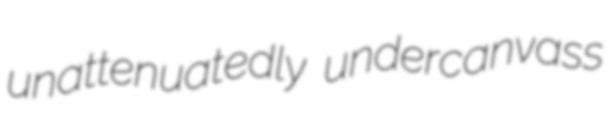
unattenuatedly undercanvass